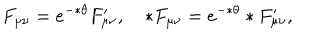
F _ { \mu \nu } = e ^ { - * \theta } F _ { \mu \nu } ^ { \prime } , \quad * F _ { \mu \nu } = e ^ { - * \theta } * F _ { \mu \nu } ^ { \prime } ,